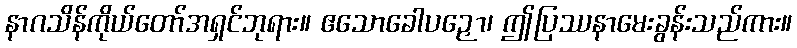
နာဂသိန်ကိုယ်တော်အရှင်ဘုရား။ ဧသောခေါပဉှော၊ ဤပြဿနာမေးခွန်းသည်ကား။